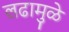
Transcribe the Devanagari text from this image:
लढामुळे